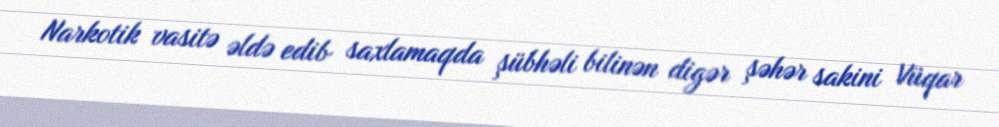
Narkotik vasitə əldə edib saxlamaqda şübhəli bilinən digər şəhər sakini Vüqar